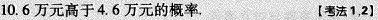
10.6万元高于4.6万元的概率， 【考法1，2】